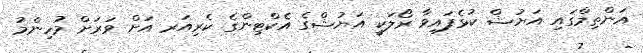
އަންތިމްގައި އަޔުޝް ކުޅެފައިވާ ރޯލަކީ އަޔުޝްގެ އެކްޓިންގެ ކެރިއަރ އަށް ވަރަށް މުހިންމު